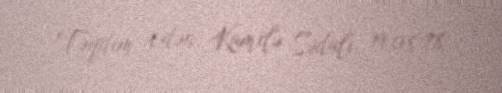
Təqdim edən: Kamilə Sədalı, 19.08.78